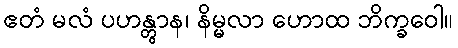
ဧတံ မလံ ပဟန္တွာန၊ နိမ္မလာ ဟောထ ဘိက္ခဝေါ။